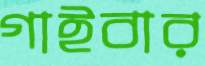
গাইবার